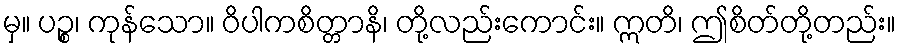
မှ။ ပဉ္စ၊ ကုန်သော။ ဝိပါကစိတ္တာနိ၊ တို့လည်းကောင်း။ ဣတိ၊ ဤစိတ်တို့တည်း။